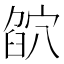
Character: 𥦶